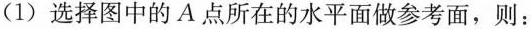
(1)选择图中的A点所在的水平面做参考面，则：